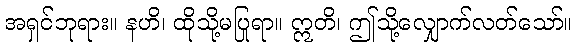
အရှင်ဘုရား။ နဟိ၊ ထိုသို့မပြုရာ။ ဣတိ၊ ဤသို့လျှောက်လတ်သော်။